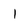
Character: 1